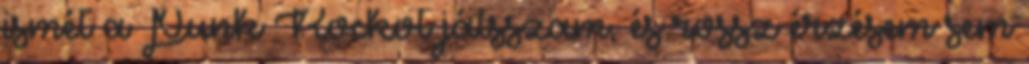
ismét a Punk Rockot játsszam, és rossz érzésem sem